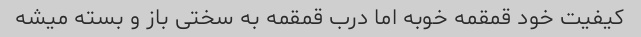
کیفیت خود قمقمه خوبه اما درب قمقمه به سختی باز و بسته میشه